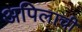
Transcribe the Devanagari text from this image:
अपिलाची